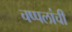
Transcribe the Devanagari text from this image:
चप्पलांची